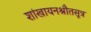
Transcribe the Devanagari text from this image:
शांखायनश्रौतसूत्र